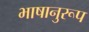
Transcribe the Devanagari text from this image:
भाषानुरूप